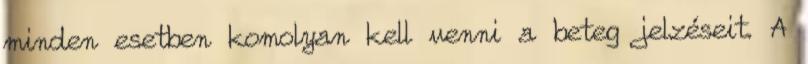
minden esetben komolyan kell venni a beteg jelzéseit. A